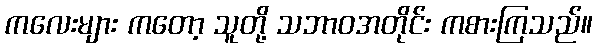
ကလေးများ ကတော့ သူတို့ သဘာဝအတိုင်း ကစားကြသည်။